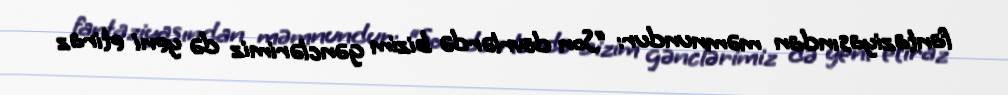
fantaziyasından məmnundur: “Son dövrlərdə bizim gənclərimiz də yeni etiraz